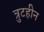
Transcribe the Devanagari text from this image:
त्रुटहीन